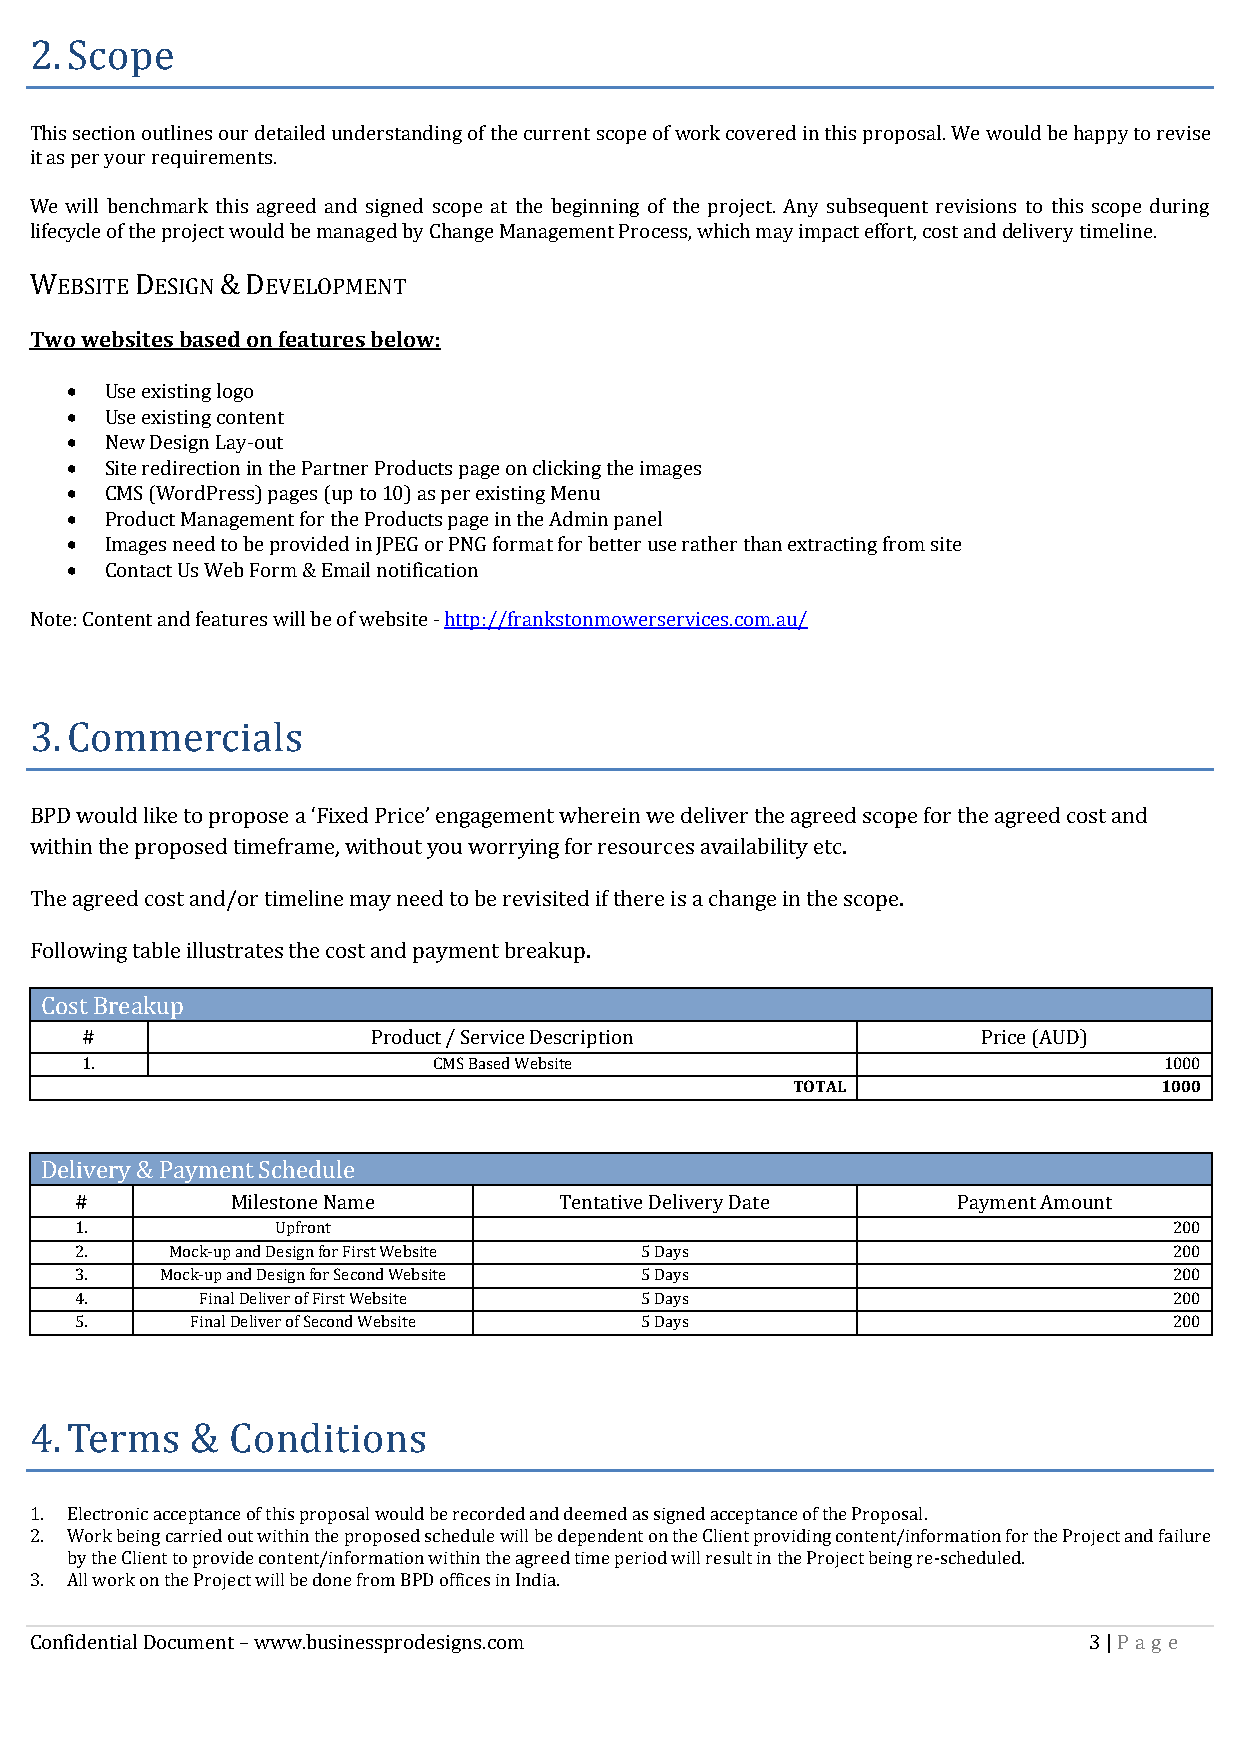
2. Scope
 This section outlines our detailed understanding of the current scope of work covered in this proposal. We would be happy to revise
 it as per your requirements.
 We will benchmark this agreed and signed scope at the beginning of the project. Any subsequent revisions to this scope during
 lifecycle of the project would be managed by Change Management Process, which may impact effort, cost and delivery timeline.
 WEBSITE DESIGN & DEVELOPMENT
 Two websites based on features below:
   Use existing logo
   Use existing content
   New Design Lay-out
   Site redirection in the Partner Products page on clicking the images
   CMS (WordPress) pages (up to 10) as per existing Menu
   Product Management for the Products page in the Admin panel
   Images need to be provided in JPEG or PNG format for better use rather than extracting from site
   Contact Us Web Form & Email notification
 Note: Content and features will be of website - http://frankstonmowerservices.com.au/
 3. Commercials
 BPD would like to propose a ‘Fixed Price’ engagement wherein we deliver the agreed scope for the agreed cost and
 within the proposed timeframe, without you worrying for resources availability etc.
 The agreed cost and/or timeline may need to be revisited if there is a change in the scope.
 Following table illustrates the cost and payment breakup.
 Cost Breakup
 #                   Product / Service Description           Price (AUD)
 1.                      CMS Based Website                               1000
 TOTAL                    1000
 Delivery & Payment Schedule
 #         Milestone Name        Tentative Delivery Date   Payment Amount
 1.           Upfront                                                     200
 2.    Mock-up and Design for First Website 5 Days                        200
 3.    Mock-up and Design for Second Website 5 Days                       200
 4.      Final Deliver of First Website 5 Days                            200
 5.      Final Deliver of Second Website 5 Days                           200
 4. Terms   & Conditions
 1. Electronic acceptance of this proposal would be recorded and deemed as signed acceptance of the Proposal.
 2. Work being carried out within the proposed schedule will be dependent on the Client providing content/information for the Project and failure
 by the Client to provide content/information within the agreed time period will result in the Project being re-scheduled.
 3. All work on the Project will be done from BPD offices in India.
 Confidential Document – www.businessprodesigns.com                    3 | Pa g e